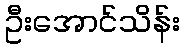
ဦးအောင်သိန်း